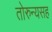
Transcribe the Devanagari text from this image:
तोरुन्यसह